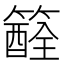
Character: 𥵏